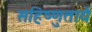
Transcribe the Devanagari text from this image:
सहिष्णुतायें